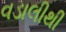
વડાલીથી